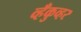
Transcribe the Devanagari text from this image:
व्हँकुव्हर